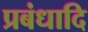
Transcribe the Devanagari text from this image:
प्रबंधादि